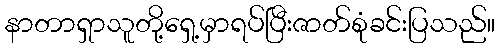
နာတာရှာသူတို့ရှေ့မှာရပ်ပြီးဇာတ်စုံခင်းပြသည်။